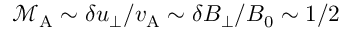
\mathcal { M } _ { \mathrm { A } } \sim \delta u _ { \perp } / v _ { \mathrm { A } } \sim \delta B _ { \perp } / B _ { 0 } \sim 1 / 2